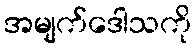
အမျက်ဒေါသကို